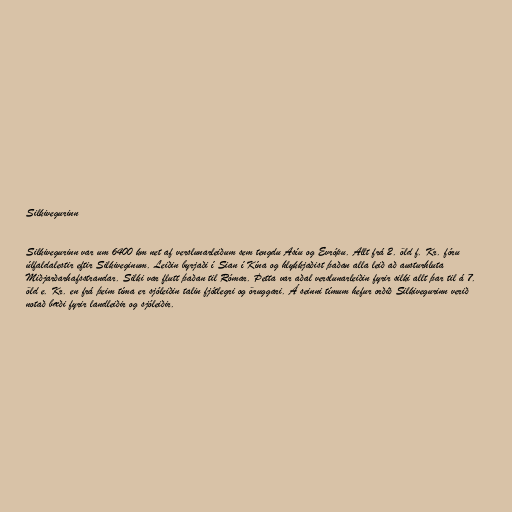
Silkivegurinn

Silkivegurinn var um 6400 km net af verslunarleiðum sem tengdu Asíu og Evrópu. Allt frá 2. öld f. Kr. fóru
úlfaldalestir eftir Silkiveginum. Leiðin byrjaði í Sian í Kína og hlykkjaðist þaðan alla leið að austurhluta
Miðjarðarhafsstrandar. Silki var flutt þaðan til Rómar. Þetta var aðal verslunarleiðin fyrir silki allt þar til á 7.
öld e. Kr. en frá þeim tíma er sjóleiðin talin fjótlegri og öruggari. Á seinni tímum hefur orðið Silkivegurinn verið
notað bæði fyrir landleiðir og sjóleiðir.